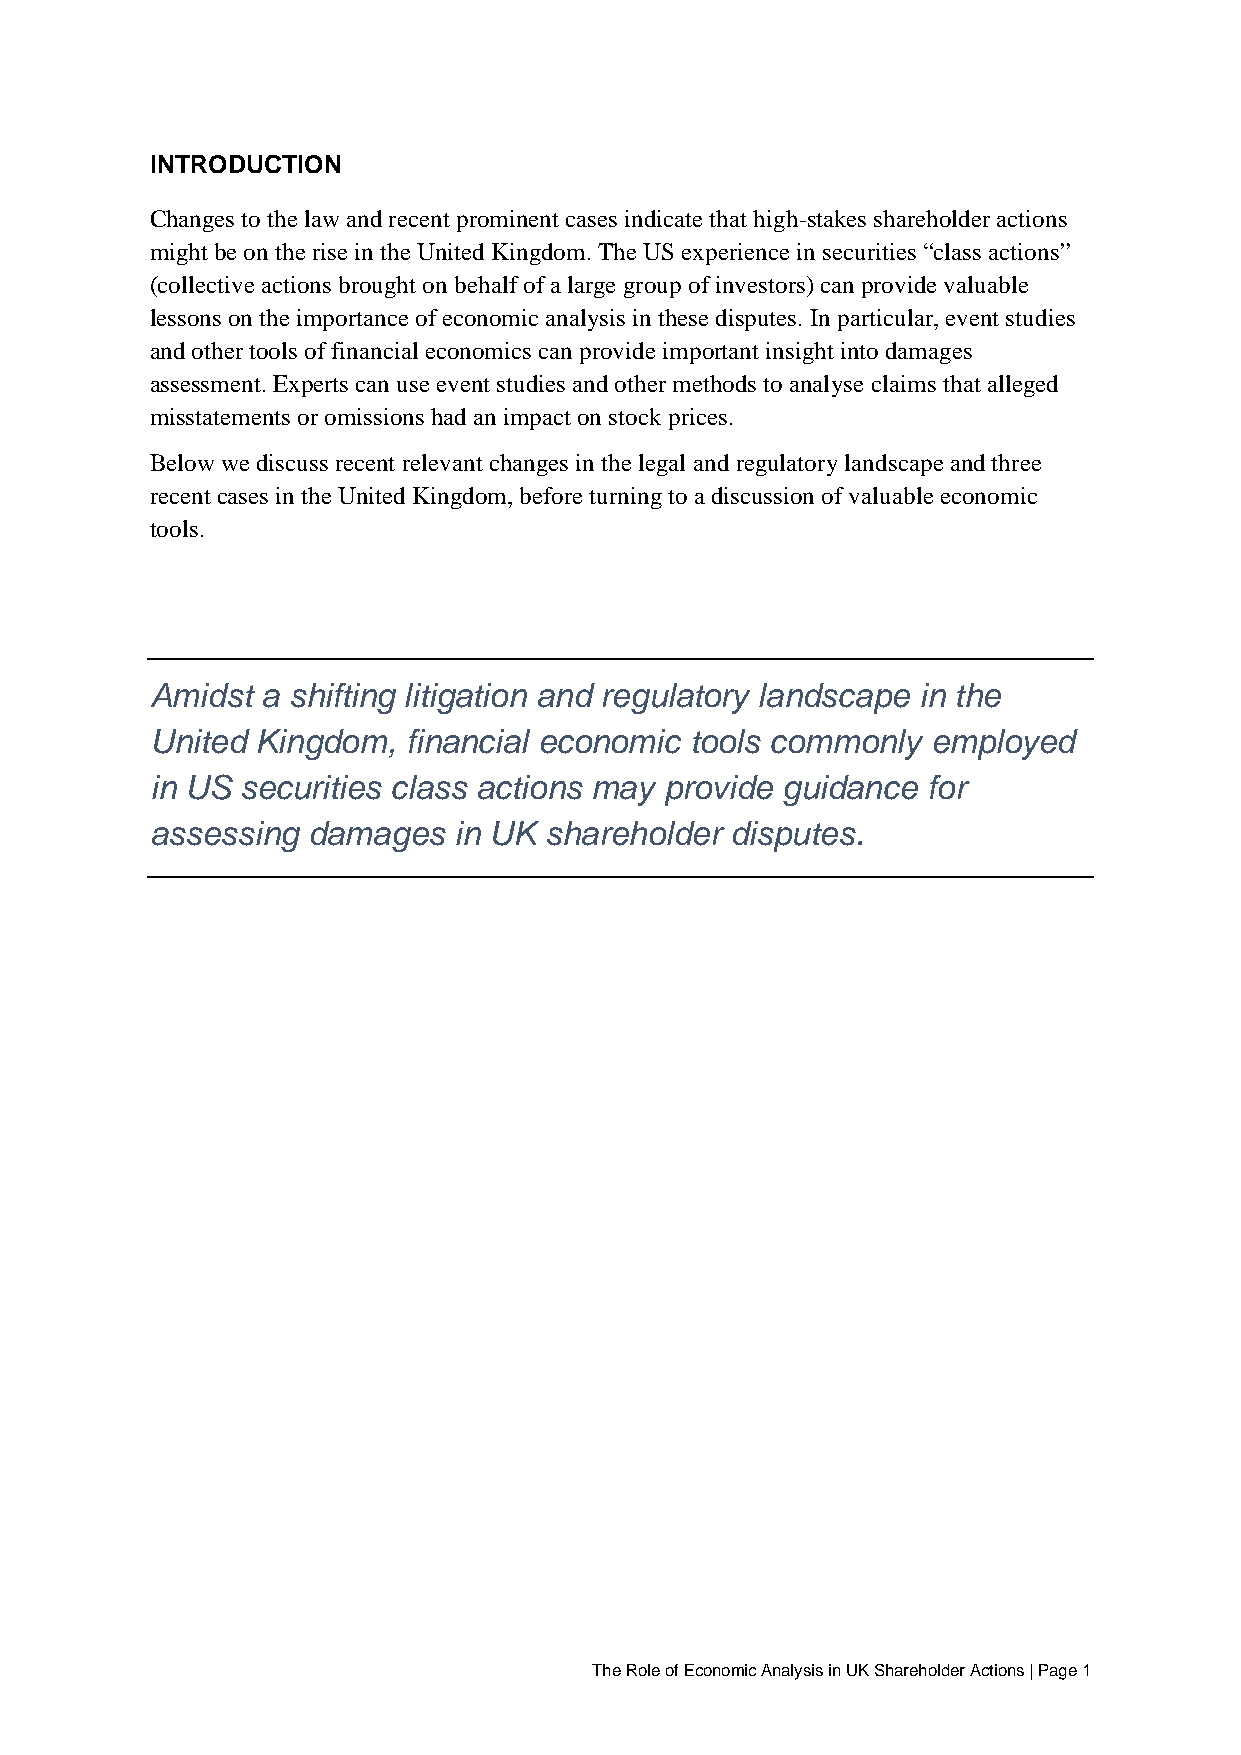
INTRODUCTION
 Changes to the law and recent prominent cases indicate that high-stakes shareholder actions
 might be on the rise in the United Kingdom. The US experience in securities “class actions”
 (collective actions brought on behalf of a large group of investors) can provide valuable
 lessons on the importance of economic analysis in these disputes. In particular, event studies
 and other tools of financial economics can provide important insight into damages
 assessment. Experts can use event studies and other methods to analyse claims that alleged
 misstatements or omissions had an impact on stock prices.
 Below we discuss recent relevant changes in the legal and regulatory landscape and three
 recent cases in the United Kingdom, before turning to a discussion of valuable economic
 tools.
 Amidst a shifting litigation and regulatory landscape in the
 United Kingdom,  financial economic tools commonly  employed
 in US securities class actions may provide guidance for
 assessing damages   in UK shareholder disputes.
 The Role of Economic Analysis in UK Shareholder Actions | Page 1